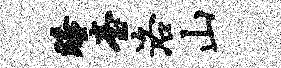
睡台洛山